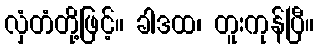
လှံတံတို့ဖြင့်။ ခါဒထ၊ တူးကုန်ပြီ။